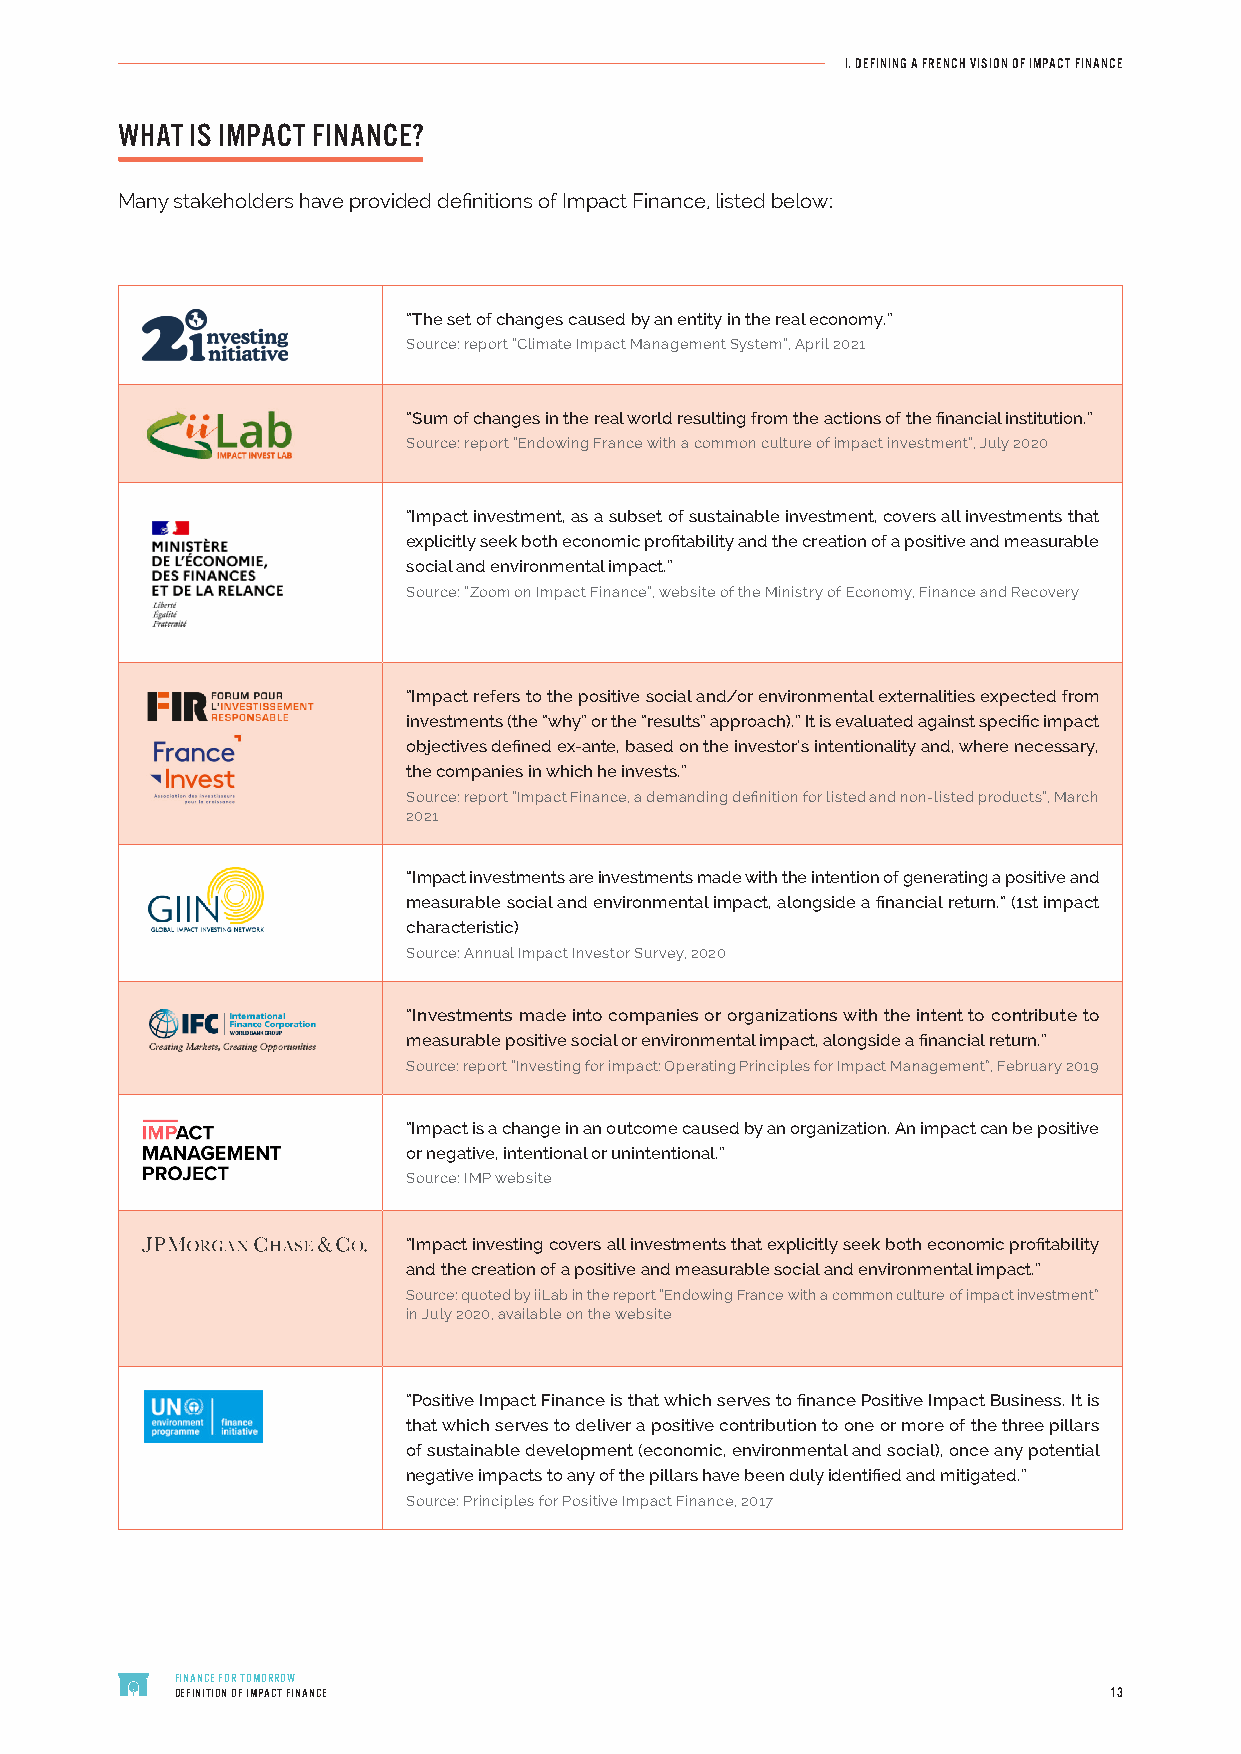
I. DEFINING A FRENCH VISION OF IMPACT FINANCE
 WHAT IS IMPACT FINANCE?
 Many stakeholders have provided definitions of Impact Finance, listed below:
 “The set of changes caused by an entity in the real economy.”
 Source: report “Climate Impact Management System”, April 2021
 “Sum of changes in the real world resulting from the actions of the financial institution.”
 Source: report “Endowing France with a common culture of impact investment”, July 2020
 “Impact investment, as a subset of sustainable investment, covers all investments that
 explicitly seek both economic profitability and the creation of a positive and measurable
 social and environmental impact.”
 Source: “Zoom on Impact Finance”, website of the Ministry of Economy, Finance and Recovery
 “Impact refers to the positive social and/or environmental externalities expected from
 investments (the “why” or the “results” approach).” It is evaluated against specific impact
 objectives defined ex-ante, based on the investor’s intentionality and, where necessary,
 the companies in which he invests.”
 Source: report “Impact Finance, a demanding definition for listed and non-listed products”, March
 2021
 “Impact investments are investments made with the intention of generating a positive and
 measurable social and environmental impact, alongside a financial return.” (1st impact
 characteristic)
 Source: Annual Impact Investor Survey, 2020
 “Investments made into companies or organizations with the intent to contribute to
 measurable positive social or environmental impact, alongside a financial return.”
 Source: report “Investing for impact: Operating Principles for Impact Management”, February 2019
 “Impact is a change in an outcome caused by an organization. An impact can be positive
 or negative, intentional or unintentional.”
 Source: IMP website
 “Impact investing covers all investments that explicitly seek both economic profitability
 and the creation of a positive and measurable social and environmental impact.”
 Source: quoted by iiLab in the report “Endowing France with a common culture of impact investment”
 in July 2020, available on the website
 “Positive Impact Finance is that which serves to finance Positive Impact Business. It is
 that which serves to deliver a positive contribution to one or more of the three pillars
 of sustainable development (economic, environmental and social), once any potential
 negative impacts to any of the pillars have been duly identified and mitigated.”
 Source: Principles for Positive Impact Finance, 2017
 FINANCE FOR TOMORROW
 DEFINITION OF IMPACT FINANCE                                 13